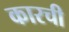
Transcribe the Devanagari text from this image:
कारची